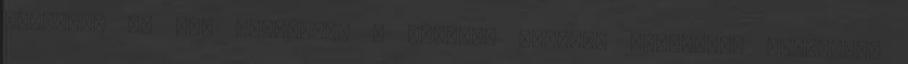
koncert, és más események a világot jelentő deszkákon fesztivál